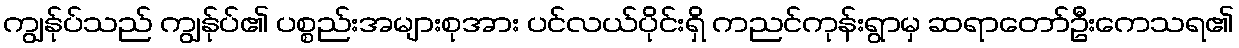
ကျွန်ုပ်သည် ကျွန်ုပ်၏ ပစ္စည်းအများစုအား ပင်လယ်ပိုင်းရှိ ကညင်ကုန်းရွာမှ ဆရာတော်ဦးကေသရ၏